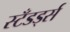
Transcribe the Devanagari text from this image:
स्टँडर्ड्स